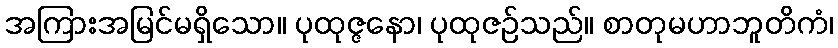
အကြားအမြင်မရှိသော။ ပုထုဇ္ဇနော၊ ပုထုဇဉ်သည်။ စာတုမဟာဘူတိကံ၊